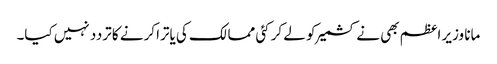
مانا وزیر اعظم بھی نے کشمیر کو لے کر کئی ممالک کی یاترا کرنے کا تردد نہیں کیا۔